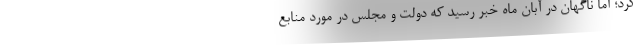
کرد؛ اما ناگهان در آبان ماه خبر رسید که دولت و مجلس در مورد منابع